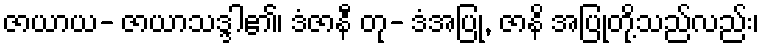
ဇာယာယ- ဇာယာသဒ္ဒါ၏၊ ဒံဇာနီ တု- ဒံအပြု, ဇာနိ အပြုတို့သည်လည်း၊